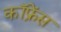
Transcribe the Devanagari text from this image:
कॉफ्रेंस